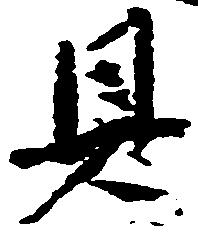
具